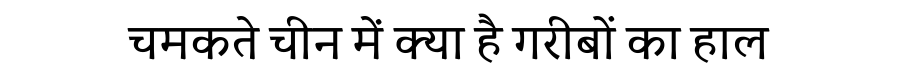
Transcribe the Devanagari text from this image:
चमकते चीन में क्या है गरीबों का हाल